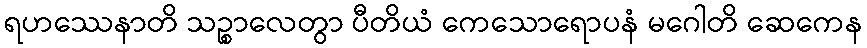
ရဟဿေနာတိ သဉ္စာလေတွာ ပီတိယံ ကေသောရောပနံ မဂေါတိ ဆေကေန